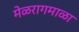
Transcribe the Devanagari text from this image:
मेळरागमाळा